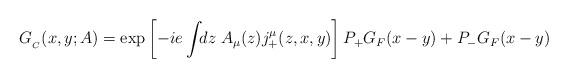
LaTeX: \begin{align*}G_{_C}(x,y;A)=\exp\left[-ie\int\!\!dz\;A_\mu(z)j^\mu_+(z,x,y)\right] P_+G_F(x-y)+P_-G_F(x-y)\end{align*}